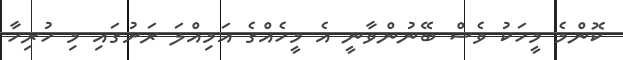
ކޮންމެ މީހަކު ވެސް ބޭނުންވާނީ އެ މީހެއްގެ އަމިއްލަ ރަށުގައި މި ހުރިހާ